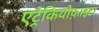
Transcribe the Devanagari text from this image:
एट्रैकियोफ़ाइटा